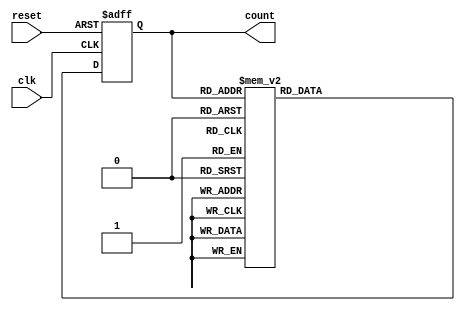
module gray_code_counter(
    input wire clk,
    input wire reset,
    output reg [3:0] count
);

reg [3:0] next_count;

always @(posedge clk or posedge reset) begin
    if (reset) begin
        count <= 4'b0000;
    end else begin
        count <= next_count;
    end
end

always @* begin
    case(count)
        4'b0000: next_count = 4'b0001;
        4'b0001: next_count = 4'b0011;
        4'b0011: next_count = 4'b0010;
        4'b0010: next_count = 4'b0110;
        4'b0110: next_count = 4'b0111;
        4'b0111: next_count = 4'b0101;
        4'b0101: next_count = 4'b0100;
        4'b0100: next_count = 4'b1100;
        4'b1100: next_count = 4'b1101;
        4'b1101: next_count = 4'b1111;
        4'b1111: next_count = 4'b1110;
        default: next_count = 4'b0000;
    endcase
end

endmodule